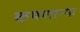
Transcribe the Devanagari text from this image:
कथणाऱ्या